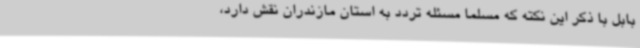
بابل با ذکر این نکته که مسلما مسئله تردد به استان مازندران نقش دارد،